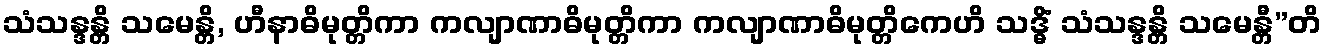
သံသန္ဒန္တိ သမေန္တိ, ဟီနာဓိမုတ္တိကာ ကလျာဏာဓိမုတ္တိကာ ကလျာဏာဓိမုတ္တိကေဟိ သဒ္ဓိံ သံသန္ဒန္တိ သမေန္တီ”တိ